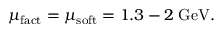
\mu _ { \mathrm { f a c t } } = \mu _ { \mathrm { s o f t } } = 1 . 3 - 2 \; \mathrm { G e V . }